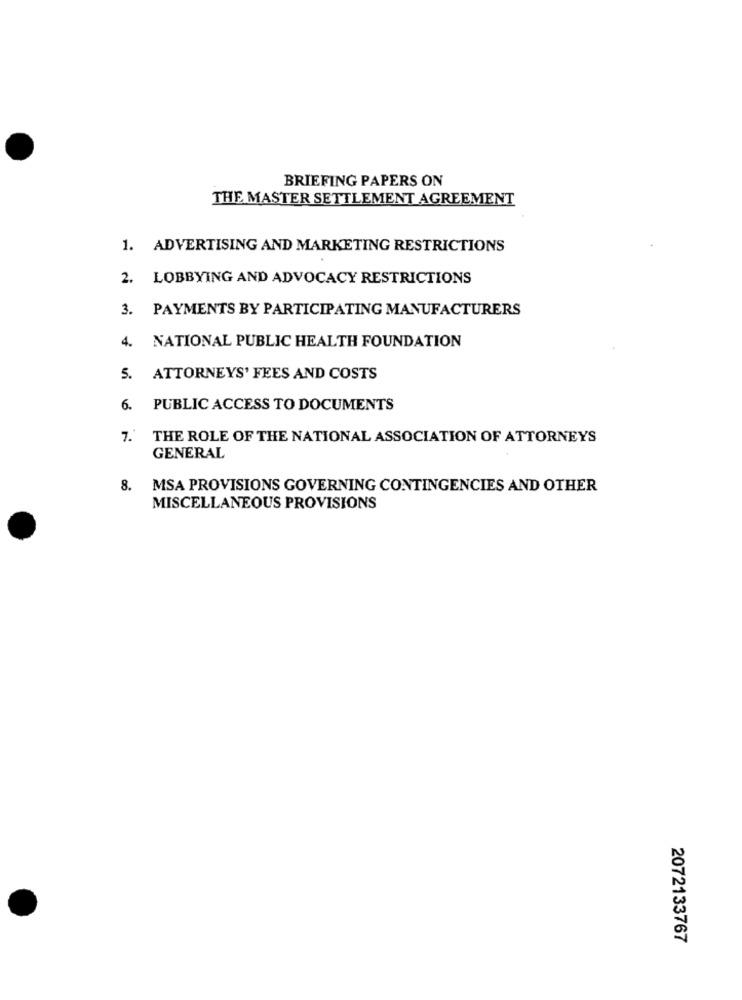
BRIEFING PAPERS ON
THE MASTER SETTLEMENT AGREEMENT
1. ADVERTISING AND MARKETING RESTRICTIONS
2. LOBBYING AND ADVOCACY RESTRICTIONS
3. PAYMENTS BY PARTICIPATING MANUFACTURERS
4. NATIONAL PUBLIC HEALTH FOUNDATION
5. ATTORNEYS' FEES AND COSTS
6. PUBLIC ACCESS TO DOCUMENTS
7 .*
THE ROLE OF THE NATIONAL ASSOCIATION OF ATTORNEYS
GENERAL
8. MSA PROVISIONS GOVERNING CONTINGENCIES AND OTHER
MISCELLANEOUS PROVISIONS
2072133767